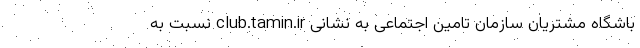
باشگاه مشتریان سازمان تامین اجتماعی به نشانی club.tamin.ir نسبت به